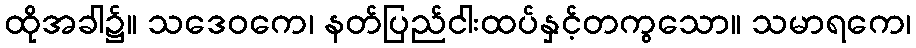
ထိုအခါ၌။ သဒေဝကေ၊ နတ်ပြည်ငါးထပ်နှင့်တကွသော။ သမာရကေ၊